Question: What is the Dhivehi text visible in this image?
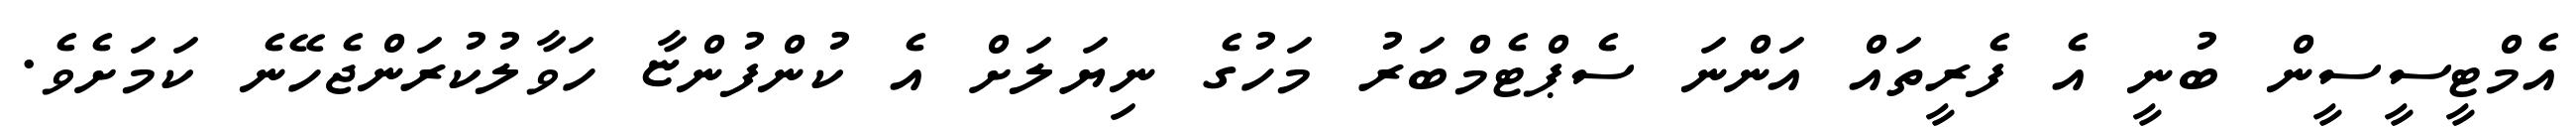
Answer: އެމްޓީސީސީން ބުނީ އެ ފެރީތައް އަންނަ ސެޕްޓެމްބަރު މަހުގެ ނިޔަލަށް އެ ކުންފުންޏާ ހަވާލުކުރަންޖެހޭނެ ކަމަށެވެ.